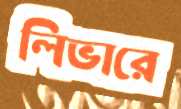
লিভারে